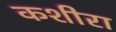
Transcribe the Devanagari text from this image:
कशीरा